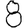
Digit: 8